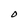
Character: r